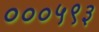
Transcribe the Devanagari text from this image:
०००५९३